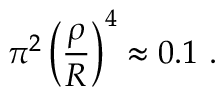
\pi ^ { 2 } \left( \frac { \rho } { R } \right) ^ { 4 } \approx 0 . 1 \ .